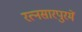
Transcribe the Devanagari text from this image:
रत्नसारपुरमें